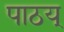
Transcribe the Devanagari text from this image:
पाठय्